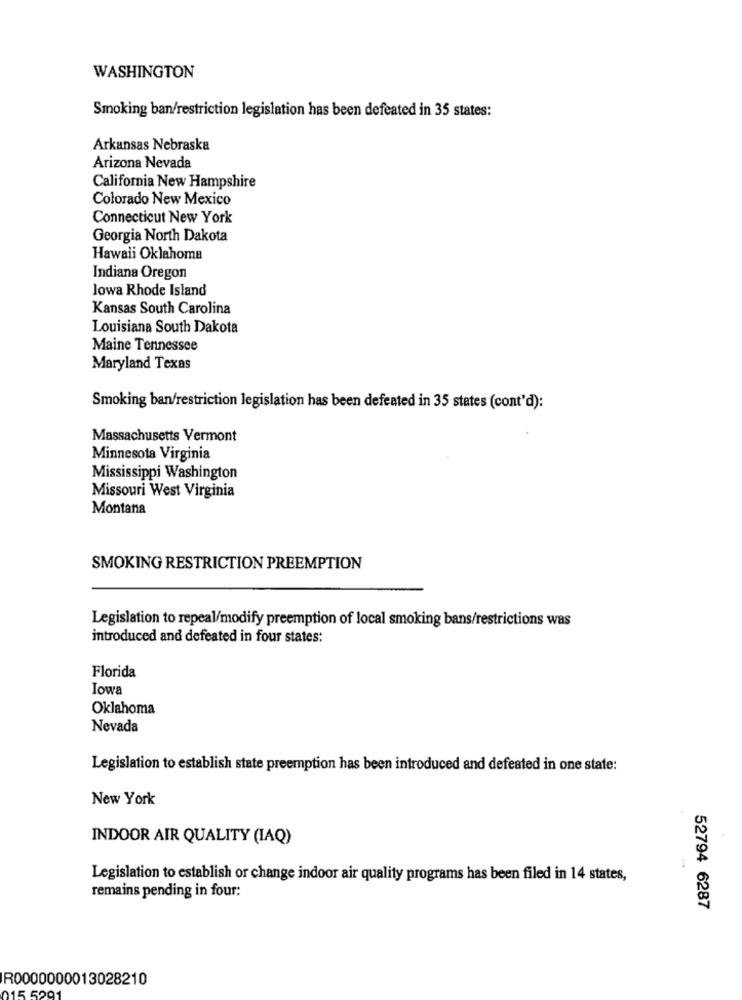
WASHINGTON
Smoking ban/restriction legislation has been defeated in 35 states:
Arkansas Nebraska
Arizona Nevada
California New Hampshire
Colorado New Mexico
Connecticut New York
Georgia North Dakota
Hawaii Oklahoma
Indiana Oregon
lowa Rhode Island
Kansas South Carolina
Louisiana South Dakota
Maine Tennessee
Maryland Texas
Smoking ban/restriction legislation has been defeated in 35 states (cont'd):
Massachusetts Vermont
Minnesota Virginia
Mississippi Washington
Missouri West Virginia
Montana
SMOKING RESTRICTION PREEMPTION
Legislation to repeal/modify preemption of local smoking bans/restrictions was
introduced and defeated in four states:
Florida
Iowa
Oklahoma
Nevada
Legislation to establish state preemption has been introduced and defeated in one state:
New York
INDOOR AIR QUALITY (IAQ)
Legislation to establish or change indoor air quality programs has been filed in 14 states,
remains pending in four:
52794 6287
R0000000013028210
015 5291